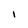
Character: I